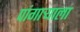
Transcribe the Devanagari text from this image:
पांगाऱ्याला